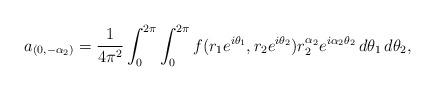
LaTeX: \begin{align*}a_{(0,-\alpha_2)}=\frac{1}{4\pi^2}\int_0^{2\pi}\int_0^{2\pi}f(r_1e^{i\theta_1},r_2e^{i\theta_2})r_2^{\alpha_2}e^{i\alpha_2\theta_2}\,d\theta_1\,d\theta_2,\end{align*}